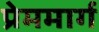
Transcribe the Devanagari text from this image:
प्रेममार्ग